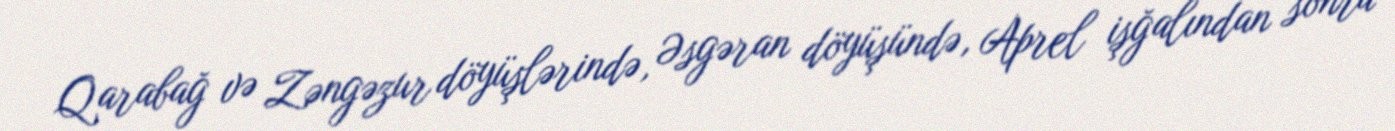
Qarabağ və Zəngəzur döyüşlərində, Əsgəran döyüşündə, Aprel işğalından sonra